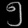
Digit: ၅